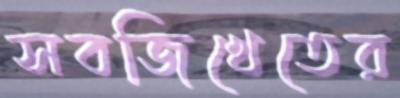
সবজিখেতের